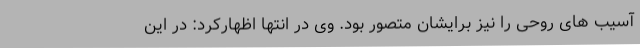
آسیب های روحی را نیز برایشان متصور بود. وی در انتها اظهارکرد: در این